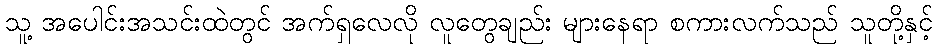
သူ့ အပေါင်းအသင်းထဲတွင် အက်ရှလေလို လူတွေချည်း များနေရာ စကားလက်သည် သူတို့နှင့်